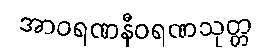
အာဝရဏနီဝရဏသုတ္တ